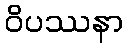
ဝိပဿနာ